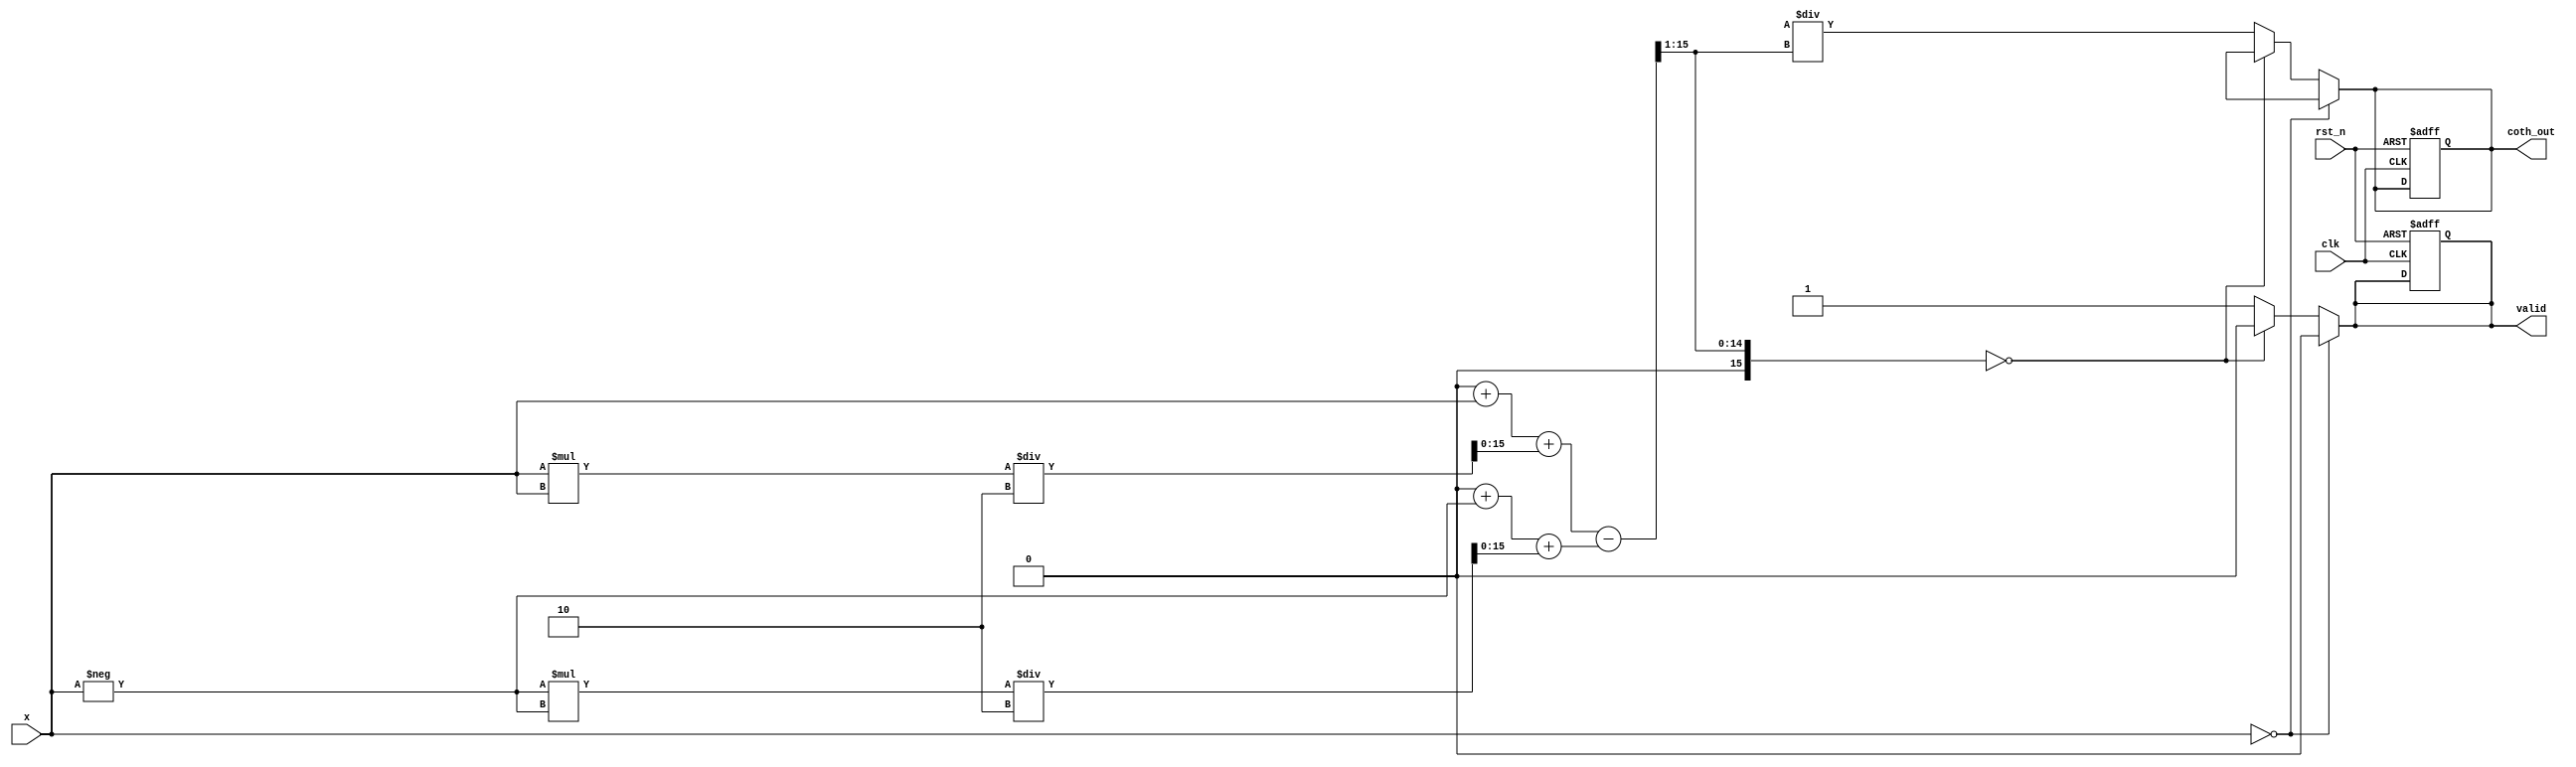
module hyperbolic_cotangent #(
    parameter N = 16, // Input width
    parameter M = 16  // Output width
)(
    input wire clk,
    input wire rst_n,
    input wire [N-1:0] x, // Input value
    output reg [M-1:0] coth_out, // Output value
    output reg valid // Output valid signal
);

    // Internal signals
    reg [N-1:0] exp_x;
    reg [N-1:0] exp_neg_x;
    reg [N-1:0] cosh_x;
    reg [N-1:0] sinh_x;
    reg [N-1:0] coth_temp;
    reg div_by_zero;

    // Exponential function approximation (simple method, can be improved)
    function [N-1:0] exp_approx(input [N-1:0] value);
        // Simple Taylor series approximation for e^x
        // This is a placeholder and should be replaced with a more accurate method
        exp_approx = (1 << N) + value + (value * value) / 2; // e^x ~ 1 + x + x^2/2
    endfunction

    // Cosh and Sinh calculation
    always @(*) begin
        if (x == 0) begin
            coth_out = {M{1'bx}}; // Undefined
            valid = 0;
        end else begin
            exp_x = exp_approx(x);
            exp_neg_x = exp_approx(-x);
            cosh_x = (exp_x + exp_neg_x) >> 1; // Cosh(x)
            sinh_x = (exp_x - exp_neg_x) >> 1; // Sinh(x)

            // Check for division by zero
            if (sinh_x == 0) begin
                div_by_zero = 1;
                coth_out = {M{1'bx}}; // Undefined
                valid = 0;
            end else begin
                div_by_zero = 0;
                coth_temp = (cosh_x << M) / sinh_x; // Coth(x) = cosh(x)/sinh(x)
                coth_out = coth_temp[M-1:0]; // Truncate to M bits
                valid = 1;
            end
        end
    end

    // Reset logic
    always @(posedge clk or negedge rst_n) begin
        if (!rst_n) begin
            coth_out <= 0;
            valid <= 0;
        end
    end

endmodule